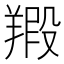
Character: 𦎮